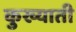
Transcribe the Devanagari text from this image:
कुख्याती